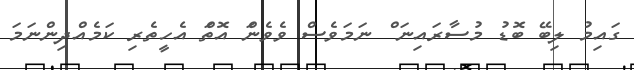
ގައިމު ލިބޭ ބޮޑު މުސާރައިނަ ް ނަމަވެސް ވެވެނަް އޮތަް އެހީތެރި ކަމެއްދިންނަމަ